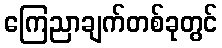
ကြေညာချက်တစ်ခုတွင်